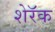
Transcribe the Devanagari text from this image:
शेरॅक